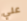
علي